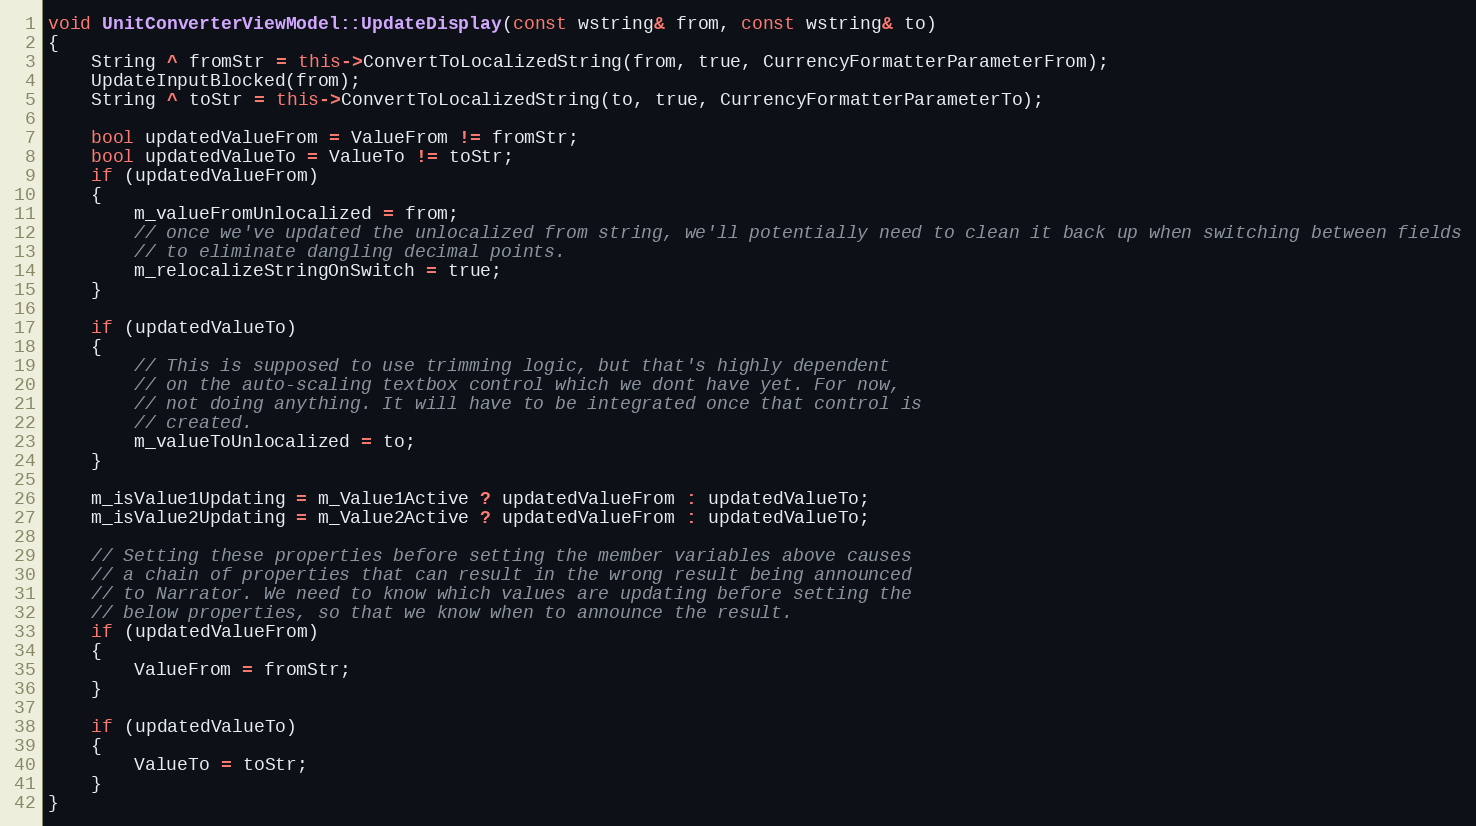
Language: C++
void UnitConverterViewModel::UpdateDisplay(const wstring& from, const wstring& to)
{
    String ^ fromStr = this->ConvertToLocalizedString(from, true, CurrencyFormatterParameterFrom);
    UpdateInputBlocked(from);
    String ^ toStr = this->ConvertToLocalizedString(to, true, CurrencyFormatterParameterTo);

    bool updatedValueFrom = ValueFrom != fromStr;
    bool updatedValueTo = ValueTo != toStr;
    if (updatedValueFrom)
    {
        m_valueFromUnlocalized = from;
        // once we've updated the unlocalized from string, we'll potentially need to clean it back up when switching between fields
        // to eliminate dangling decimal points.
        m_relocalizeStringOnSwitch = true;
    }

    if (updatedValueTo)
    {
        // This is supposed to use trimming logic, but that's highly dependent
        // on the auto-scaling textbox control which we dont have yet. For now,
        // not doing anything. It will have to be integrated once that control is
        // created.
        m_valueToUnlocalized = to;
    }

    m_isValue1Updating = m_Value1Active ? updatedValueFrom : updatedValueTo;
    m_isValue2Updating = m_Value2Active ? updatedValueFrom : updatedValueTo;

    // Setting these properties before setting the member variables above causes
    // a chain of properties that can result in the wrong result being announced
    // to Narrator. We need to know which values are updating before setting the
    // below properties, so that we know when to announce the result.
    if (updatedValueFrom)
    {
        ValueFrom = fromStr;
    }

    if (updatedValueTo)
    {
        ValueTo = toStr;
    }
}